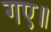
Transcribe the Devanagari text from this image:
गए॥